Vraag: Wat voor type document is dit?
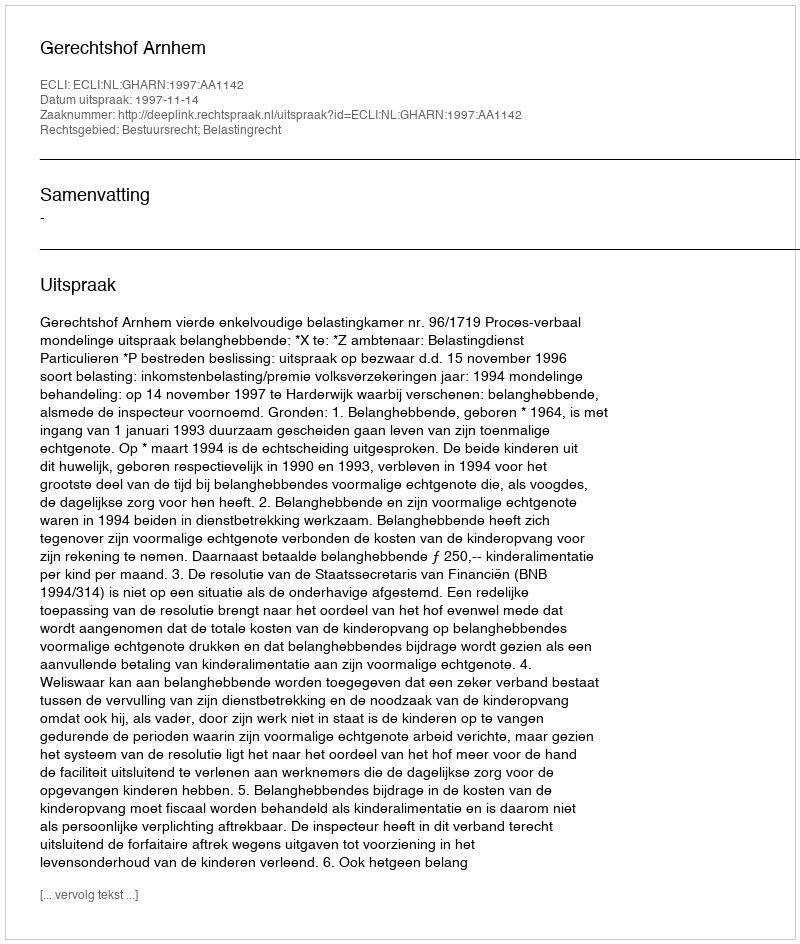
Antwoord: Uitspraak